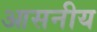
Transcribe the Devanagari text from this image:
आसनीय